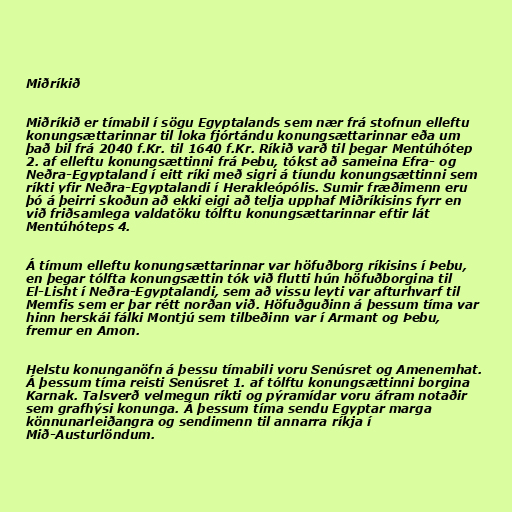
Miðríkið

Miðríkið er tímabil í sögu Egyptalands sem nær frá stofnun elleftu
konungsættarinnar til loka fjórtándu konungsættarinnar eða um
það bil frá 2040 f.Kr. til 1640 f.Kr. Ríkið varð til þegar Mentúhótep
2. af elleftu konungsættinni frá Þebu, tókst að sameina Efra- og
Neðra-Egyptaland í eitt ríki með sigri á tíundu konungsættinni sem
ríkti yfir Neðra-Egyptalandi í Herakleópólis. Sumir fræðimenn eru
þó á þeirri skoðun að ekki eigi að telja upphaf Miðríkisins fyrr en
við friðsamlega valdatöku tólftu konungsættarinnar eftir lát
Mentúhóteps 4.

Á tímum elleftu konungsættarinnar var höfuðborg ríkisins í Þebu,
en þegar tólfta konungsættin tók við flutti hún höfuðborgina til
El-Lisht í Neðra-Egyptalandi, sem að vissu leyti var afturhvarf til
Memfis sem er þar rétt norðan við. Höfuðguðinn á þessum tíma var
hinn herskái fálki Montjú sem tilbeðinn var í Armant og Þebu,
fremur en Amon.

Helstu konunganöfn á þessu tímabili voru Senúsret og Amenemhat.
Á þessum tíma reisti Senúsret 1. af tólftu konungsættinni borgina
Karnak. Talsverð velmegun ríkti og pýramídar voru áfram notaðir
sem grafhýsi konunga. Á þessum tíma sendu Egyptar marga
könnunarleiðangra og sendimenn til annarra ríkja í
Mið-Austurlöndum.